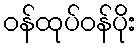
ဝန်ထုပ်ဝန်ပိုး